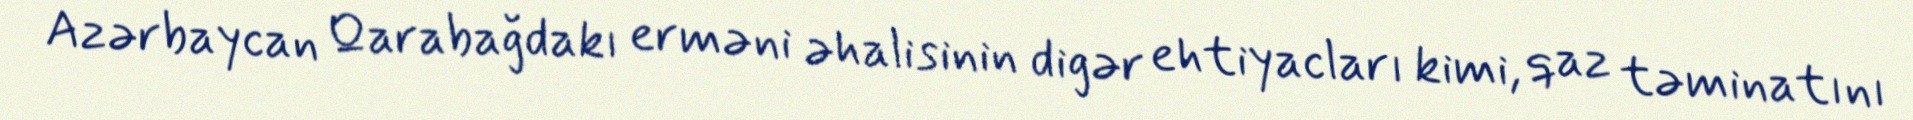
Azərbaycan Qarabağdakı erməni əhalisinin digər ehtiyacları kimi, qaz təminatını